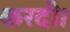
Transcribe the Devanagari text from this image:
करदी।